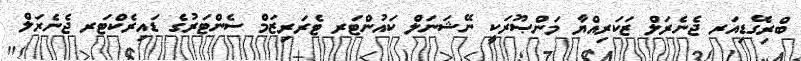
ބްރިގޭޑިއަރ ޖެނެރަލް ޒަކަރިއްޔާ މަންޞޫރަކީ ނޭޝަނަލް ކައުންޓަރ ޓެރަރިޒަމް ސެންޓަރުގެ ޑައިރެކްޓަރ ޖެނެރަލް